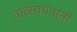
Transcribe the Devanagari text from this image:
वात्सायनांनी